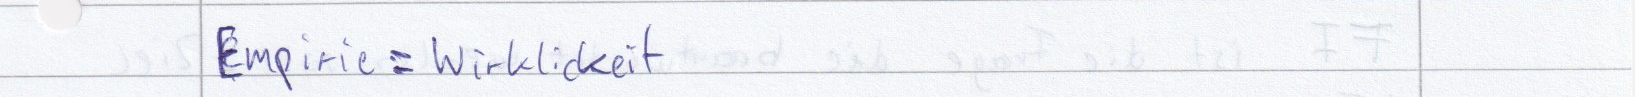
Empirie = Wirklichkeit